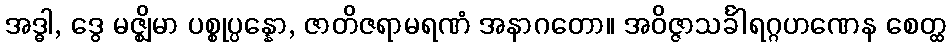
အဒ္ဓါ, ဒွေ မဇ္ဈိမာ ပစ္စုပ္ပန္နော, ဇာတိဇရာမရဏံ အနာဂတော။ အဝိဇ္ဇာသင်္ခါရဂ္ဂဟဏေန စေတ္ထ